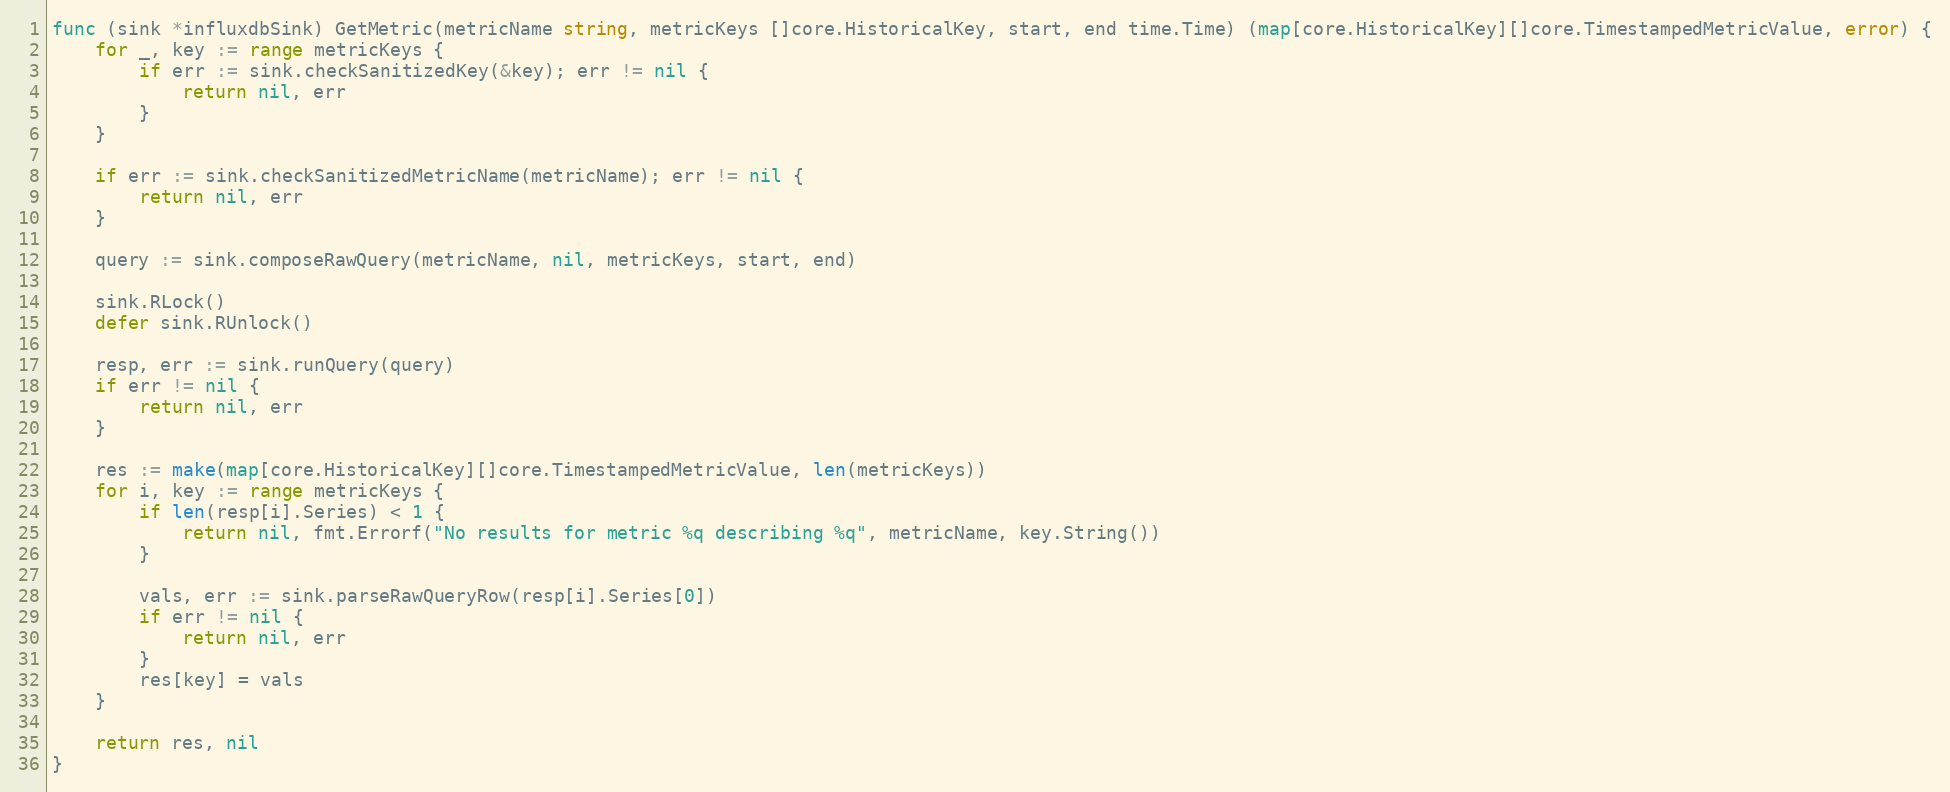
Language: Go
func (sink *influxdbSink) GetMetric(metricName string, metricKeys []core.HistoricalKey, start, end time.Time) (map[core.HistoricalKey][]core.TimestampedMetricValue, error) {
	for _, key := range metricKeys {
		if err := sink.checkSanitizedKey(&key); err != nil {
			return nil, err
		}
	}

	if err := sink.checkSanitizedMetricName(metricName); err != nil {
		return nil, err
	}

	query := sink.composeRawQuery(metricName, nil, metricKeys, start, end)

	sink.RLock()
	defer sink.RUnlock()

	resp, err := sink.runQuery(query)
	if err != nil {
		return nil, err
	}

	res := make(map[core.HistoricalKey][]core.TimestampedMetricValue, len(metricKeys))
	for i, key := range metricKeys {
		if len(resp[i].Series) < 1 {
			return nil, fmt.Errorf("No results for metric %q describing %q", metricName, key.String())
		}

		vals, err := sink.parseRawQueryRow(resp[i].Series[0])
		if err != nil {
			return nil, err
		}
		res[key] = vals
	}

	return res, nil
}